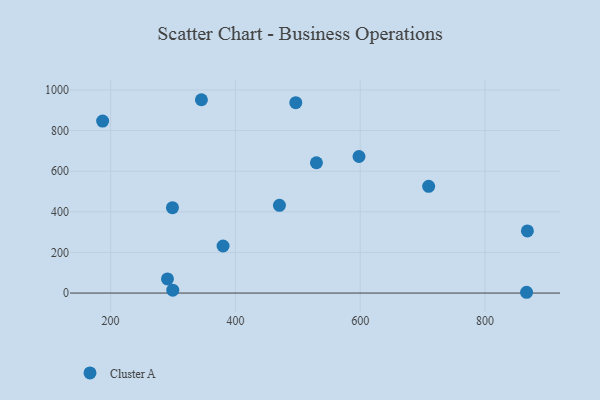
{"axis": {"x": "Speed", "y": "Fuel Efficiency"}, "legend": ["Cluster A"], "data": [{"x": "529.8", "y": 641.6, "type": "Cluster A"}, {"x": "291.1", "y": 69.5, "type": "Cluster A"}, {"x": "598.0", "y": 672.3, "type": "Cluster A"}, {"x": "866.5", "y": 3.8, "type": "Cluster A"}, {"x": "380.2", "y": 231.7, "type": "Cluster A"}, {"x": "345.5", "y": 951.9, "type": "Cluster A"}, {"x": "709.6", "y": 525.4, "type": "Cluster A"}, {"x": "187.2", "y": 846.9, "type": "Cluster A"}, {"x": "299.6", "y": 14.3, "type": "Cluster A"}, {"x": "496.7", "y": 937.3, "type": "Cluster A"}, {"x": "299.1", "y": 420.2, "type": "Cluster A"}, {"x": "867.8", "y": 305.7, "type": "Cluster A"}, {"x": "470.5", "y": 431.8, "type": "Cluster A"}]}